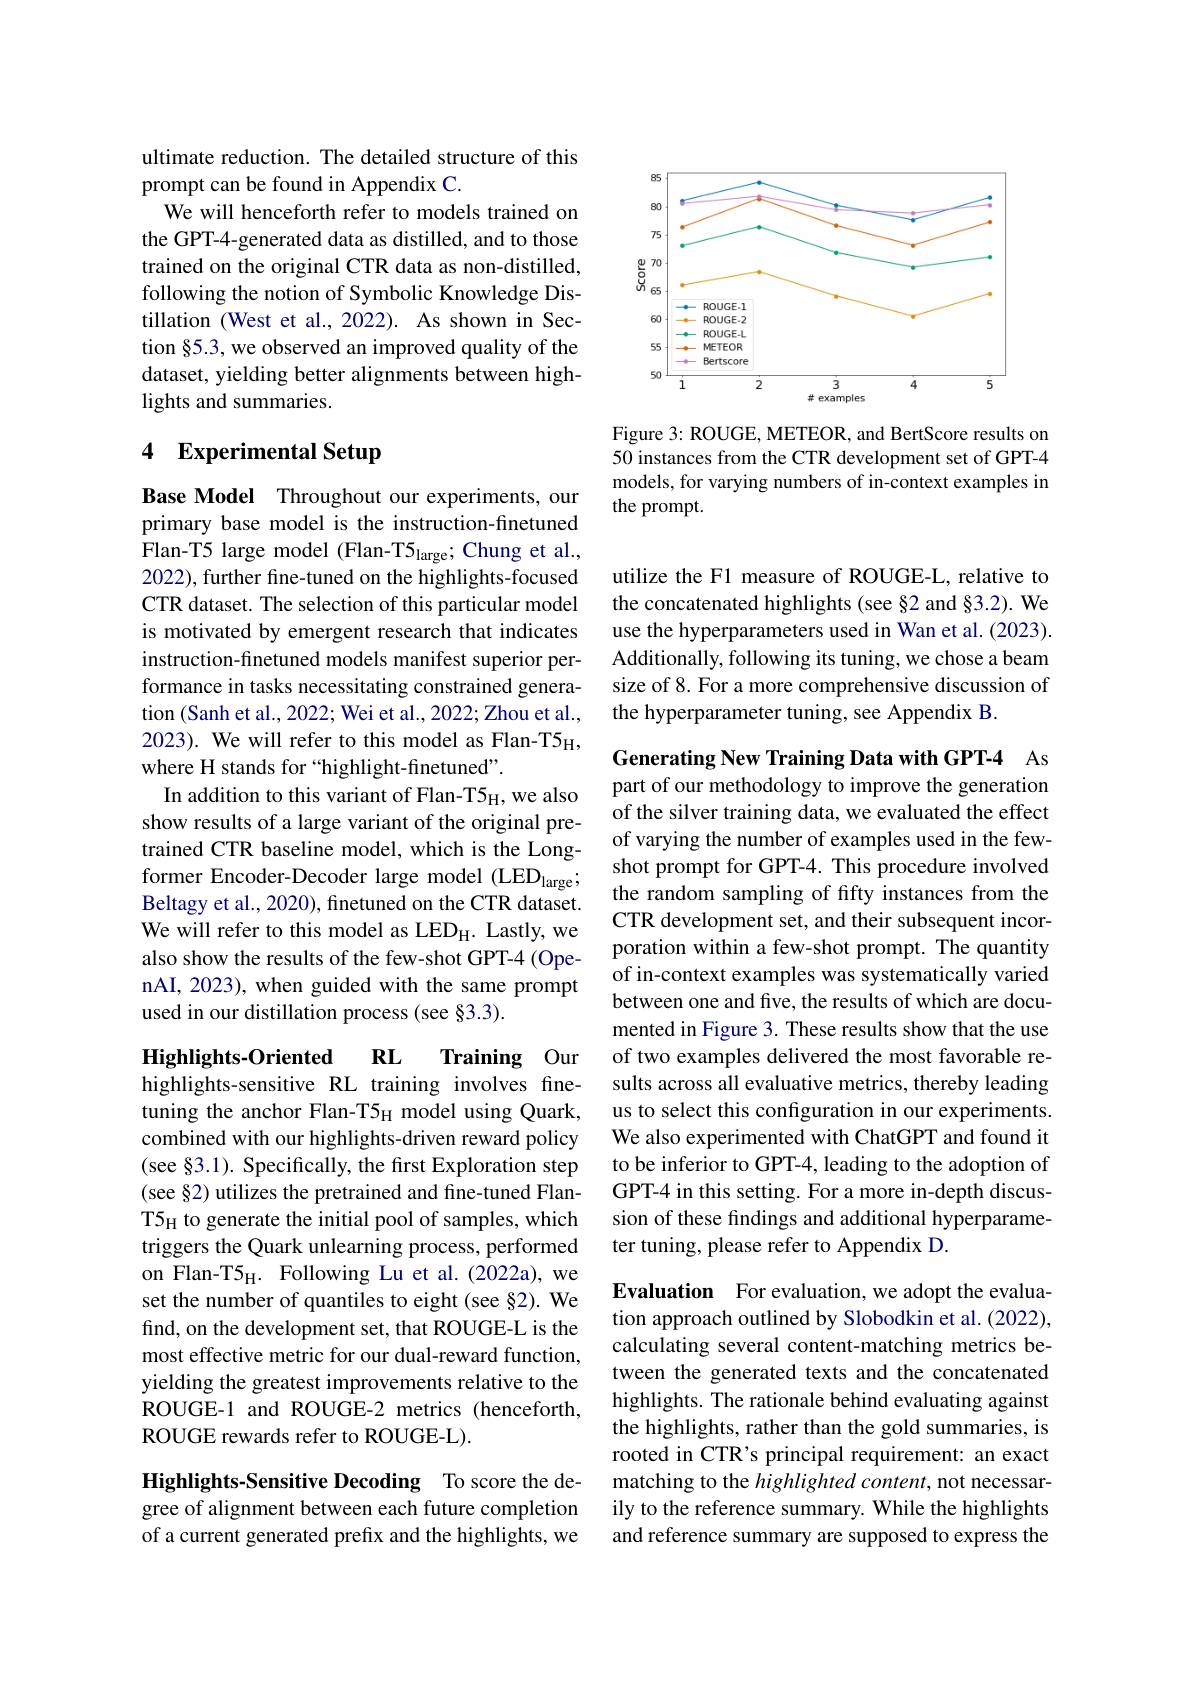
ultimate reduction. The detailed structure of this
prompt can be found in Appendix C.
We will henceforth refer to models trained on the GPT-4-generated data as distilled, and to those trained on the original CTR data as non-distilled, following the notion of Symbolic Knowledge Distillation (West et al., 2022). As shown in Section §5.3, we observed an improved quality of the dataset, yielding better alignments between highlights and summaries.

## 4 Experimental Setup

Base Model Throughout our experiments, our primary base model is the instruction-finetuned Flan-T5 large model (Flan-T5$_\mathrm{large};$Chung et al., 2022), further fine-tuned on the highlights-focused CTR dataset. The selection of this particular model is motivated by emergent research that indicates instruction-finetuned models manifest superior performance in tasks necessitating constrained generation (Sanh et al., 2022; Wei et al., 2022; Zhou et al., 2023). We will refer to this model as Flan-T5 where H stands for “highlight-finetuned”.
In addition to this variant of Flan-T5 show results of a large variant of the original pretrained CTR baseline model, which is the Longformer Encoder-Decoder large model (LED$_\mathrm{large};$ shot prompt for GPT-4. This procedure involved former Encoder-Decoder large model (LED$_\mathrm{large};$ the random sampling of fifty instances from the
Beltagy et al., 2020), finetuned on the CTR dataset. We will refer to this model as LEDH. Lastly, we also show the results of the few-shot GPT-4 (OpenAI, 2023), when guided with the same prompt used in our distillation process (see §3.3).

$RL$
$\textbf{Training}$ Our
Highlights-Oriented
highlights-sensitive RL training involves finetuning the anchor Flan-T5$_\mathrm{H}$ model using Quark, combined with our highlights-driven reward policy (see §3.1). Specifically, the first Exploration step (see §2) utilizes the pretrained and fine-tuned Flantriggers the Quark unlearning process, performed on Flan-T5$_\mathrm{H}.$ Following Lu et al.(2022a), we set the number of quantiles to eight (see §2). We find, on the development set, that ROUGE-L is the most effective metric for our dual-reward function, yielding the greatest improvements relative to the ROUGE-1 and ROUGE-2 metrics (henceforth, ROUGE rewards refer to ROUGE-L).

Highlights-Sensitive Decoding To score the degree of alignment between each future completion of a current generated prefix and the highlights, we

<FigureHere>

Figure 3: ROUGE, METEOR, and BertScore results on 50 instances from the CTR development set of GPT-4 models, for varying numbers of in-context examples in the prompt.

utilize the F1 measure of ROUGE-L, relative to the concatenated highlights (see §2 and §3.2). We use the hyperparameters used in Wan et al. (2023). Additionally, following its tuning, we chose a beam size of 8. For a more comprehensive discussion of the hyperparameter tuning, see Appendix B.

Generating New Training Data with GPT-4 As part of our methodology to improve the generation

of the silver training data, we evaluated the effect of varying the number of examples used in the fewthe random sampling of fifty instances from the CTR development set, and their subsequent incorporation within a few-shot prompt. The quantity of in-context examples was systematically varied between one and five, the results of which are documented in Figure 3. These results show that the use of two examples delivered the most favorable results across all evaluative metrics, thereby leading us to select this confguration in our experiments. We also experimented with ChatGPT and found it to be inferior to GPT-4, leading to the adoption of GPT-4 in this setting. For a more in-depth discussion of these findings and additional hyperparameter tuning, please refer to Appendix D.

Evaluation For evaluation, we adopt the evaluation approach outlined by Slobodkin et al. (2022), calculating several content-matching metrics between the generated texts and the concatenated highlights. The rationale behind evaluating against the highlights, rather than the gold summaries, is rooted in CTR's principal requirement: an exact matching to the highlighted content, not necessarily to the reference summary. While the highlights and reference summary are supposed to express the